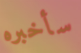
سأخبره